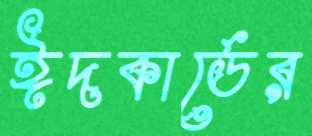
ঈদকার্ডের